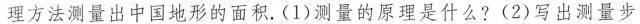
理方法测量出中国地形的面积。(1)测量的原理是什么?(2)写出测量步。